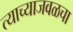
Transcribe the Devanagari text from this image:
त्याच्याजवळचा